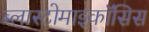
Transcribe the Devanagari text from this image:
ब्लास्टोमाइकॉसिस